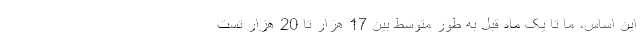
این اساس، ما تا یک ماه قبل به طور متوسط بین 17 هزار تا 20 هزار تست